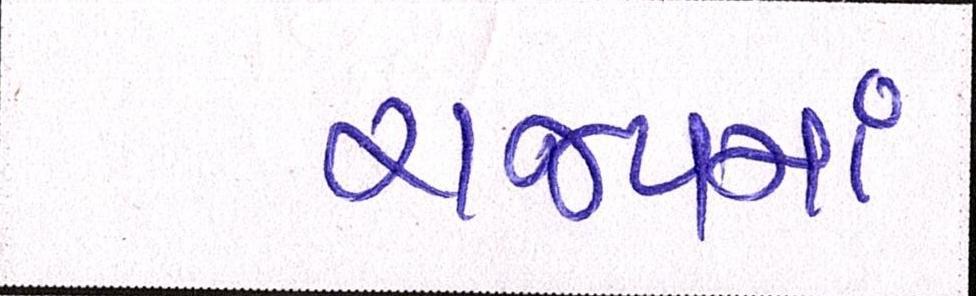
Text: રાજ્યમાં